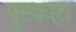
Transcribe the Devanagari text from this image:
पुस्कात